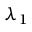
\lambda _ { 1 }